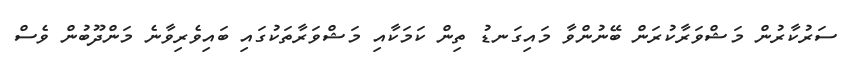
ސަރުކާރުން މަޝްވަރާކުރަން ބޭނުންވާ މައިގަނޑު ތިން ކަމަކާއި މަޝްވަރާތަކުގައި ބައިވެރިވާނެ މަންދޫބުން ވެސް